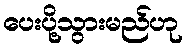
ပေးပို့သွားမည်ဟု